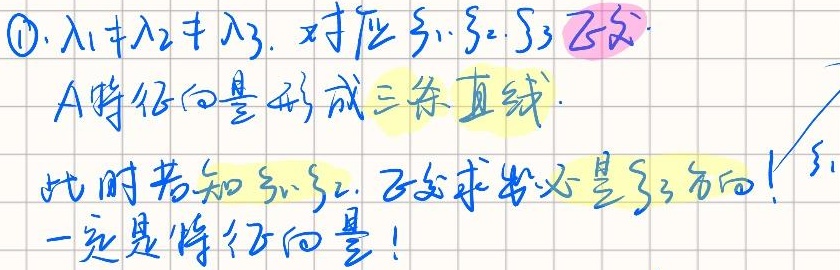
\textcircled{1}. $\lambda_{1} \neq \lambda_{2} \neq \lambda_{3}$. 对应于 $s_{1},s_{2},s_{3}$ 方向.
$A$特征向量形成三条直线.
此时若知 $s_{1},s_{2}$, 可以求出必是 $s_{3}$ 方向!
一定是特征向量!